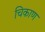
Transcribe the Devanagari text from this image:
चिकाण